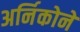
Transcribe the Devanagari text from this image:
अर्निकोने